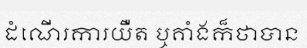
ដំណើរការយឺត ឬគាំងក៏ថាបាន